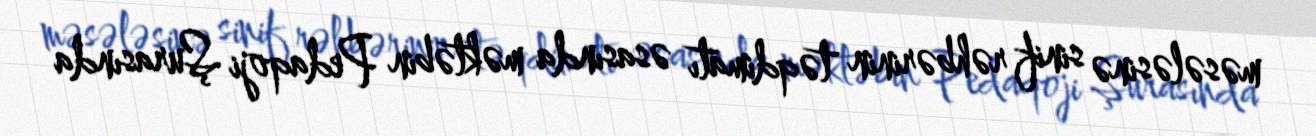
məsələsinə sinif rəhbərinin təqdimatı əsasında məktəbin Pedaqoji Şurasında